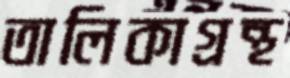
তালিকাগ্রন্থ